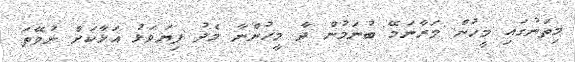
މިތަނުގައި މީހުން މަރާނަމޭ ބުނަމުން ދާ މީހުންނާ މެދު ފިޔަވަޅު އަޅާކަށް ނުވޭތަ